Report on sanitation, dispensaries, and jails in Rajputana for 1913, and on vaccination for the year 1913-1914 - 1913-1914
Year: 1913
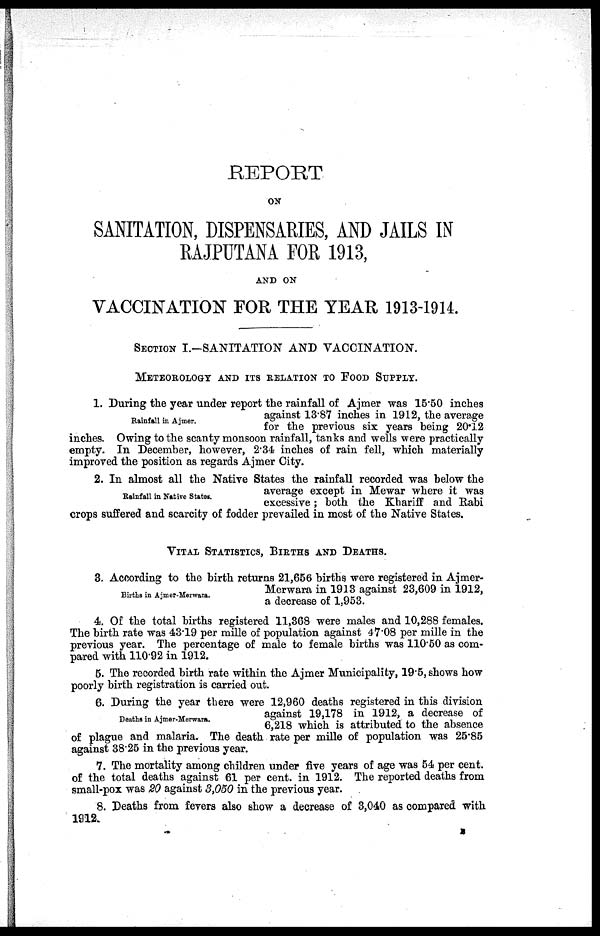
REPORT
ON
SANITATION, DISPENSARIES, AND JAILS IN
RAJPUTANA FOR 1913,
AND ON
VACCINATION FOR THE YEAR 1913-1914.
SECTION I.—SANITATION AND VACCINATION.
METEOROLOGY AND ITS RELATION TO FOOD SUPPLY.
Rainfall in Ajmer.
1. During the year under report the rainfall of Ajmer was 15.50 inches
against 13.87 inches in 1912, the average
for the previous six years being 20.12
inches. Owing to the scanty monsoon rainfall, tanks and wells were practically
empty. In December, however, 2.34 inches of rain fell, which materially
improved the position as regards Ajmer City.
Rainfall in Native States.
2. In almost all the Native States the rainfall recorded was below the
average except in Mewar where it was
excessive; both the Khariff and Rabi
crops suffered and scarcity of fodder prevailed in most of the Native States.
VITAL STATISTICS, BIRTHS AND DEATHS.
Births in Ajmer-Merwara.
3. According to the birth returns 21,656 births were registered in Ajmer-
Merwara in 1913 against 23,609 in 1912,
a decrease of 1,953.
4. Of the total births registered 11,368 were males and 10,288 females.
The birth rate was 43.19 per mille of population against 47.08 per mille in the
previous year. The percentage of male to female births was 110.50 as com-
pared with 110.92 in 1912.
5. The recorded birth rate within the Ajmer Municipality, 19.5, shows how
poorly birth registration is carried out.
Deaths in Ajmer-Merwara.
6. During the year there were 12,960 deaths registered in this division
against 19,178 in 1912, a decrease of
6,218 which is attributed to the absence
of plague and malaria. The death rate per mille of population was 25.85
against 38.25 in the previous year.
7. The mortality among children under five years of age was 54 per cent.
of the total deaths against 61 per cent. in 1912. The reported deaths from
small-pox was 20 against 3,050 in the previous year.
8. Deaths from fevers also show a decrease of 3,040 as compared with
1912.
E